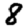
Digit: 8